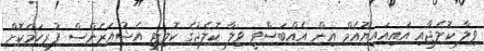
ވިލާ ކޮލެޖާއި އައިއައިޔޫއެމް އިން އެއްބަސްވީ ވިލާ ކޮލެޖުގެ ކޮލިޓީ އެޝުއަރެންސް ފުރިހަމަކޮށް